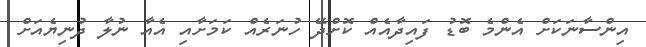
އިންސާނަކަށް އެންމެ ބޮޑު ފައިދާއެއް ކޮށްދޭ ހުނަރެއް ކަމަށާއި އެއާ ނުލާ ދުނިޔެއަށް